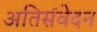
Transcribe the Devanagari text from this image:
अतिसंवेदन